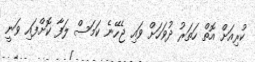
ކުރިއަށް އޮތް ހަތަރު ދުވަހަށް ވައި ޖެހޭނެ ކަމަސް ލަފާ ކޮށްފައި ވަނީ